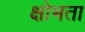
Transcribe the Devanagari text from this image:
क्षोभता